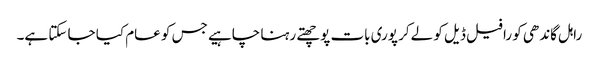
راہل گاندھی کو رافیل ڈیل کو لےکر پوری بات پوچھتے رہنا چاہیے جس کو عام کیا جا سکتا ہے۔